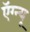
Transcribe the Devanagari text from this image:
ऍग्न्यू